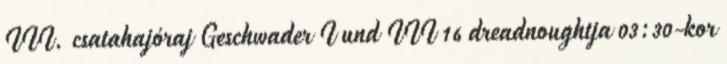
III. csatahajóraj Geschwader I und III 16 dreadnoughtja 03:30-kor